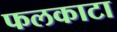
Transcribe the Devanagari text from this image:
फलकाटा